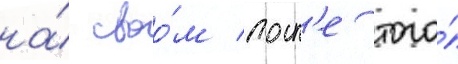
на́ своо́м посл'е того́